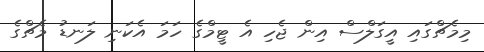
މިމެޗްގައި އީގަލްސް އިން ޖެހި އެ ޓީމްގެ ހަމަ އެކަނި ލަނޑު މެޗްގެ